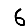
Digit: 6